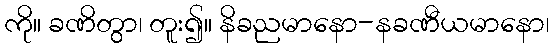
ကို။ ခဏိတွာ၊ တူး၍။ နိခညမာနော-နခဏီယမာနော၊